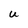
Character: U